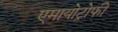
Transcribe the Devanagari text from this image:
एमायोट्रोफी